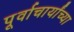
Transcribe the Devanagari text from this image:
पूर्वाचार्यांच्या